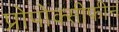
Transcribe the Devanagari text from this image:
प्रोपोक्सीफीन